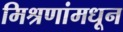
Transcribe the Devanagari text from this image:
मिश्रणांमधून